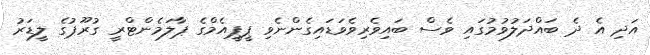
އަދި އެ ދެ ބައްދަލުވުމުގައި ވެސް ބައިވެރިވެވަޑައިގެންނެވި ޕީޕީއެމްގެ ޕާލަމެންޓްރީ ގުރޫޕުގެ ލީޑަރު